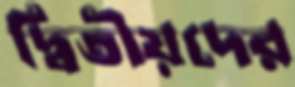
দ্বিতীয়দের